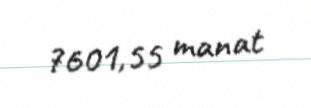
7601,55 manat